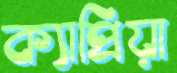
ক্যাপ্রিয়া